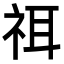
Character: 𥙟